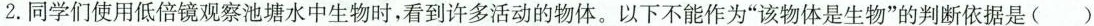
2.同学们使用低倍镜观察池塘水中生物时，看到许多活动的物体。以下不能作为“该物体是生物”的判断依据是 ()